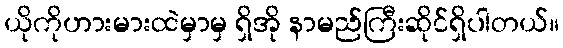
ယိုကိုဟားမားထဲမှာမှ ရှိအို နာမည်ကြီးဆိုင်ရှိပါတယ်။